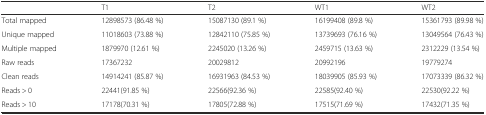
<table><thead><tr><td>[EMPTY_CELL]</td><td><b>T1</b></td><td><b>T2</b></td><td><b>WT1</b></td><td><b>WT2</b></td></tr></thead><tbody><tr><td>Total mapped</td><td>12898573 (86.48 %)</td><td>15087130 (89.1 %)</td><td>16199408 (89.8 %)</td><td>15361793 (89.98 %)</td></tr><tr><td>Unique mapped</td><td>11018603 (73.88 %)</td><td>12842110 (75.85 %)</td><td>13739693 (76.16 %)</td><td>13049564 (76.43 %)</td></tr><tr><td>Multiple mapped</td><td>1879970 (12.61 %)</td><td>2245020 (13.26 %)</td><td>2459715 (13.63 %)</td><td>2312229 (13.54 %)</td></tr><tr><td>Raw reads</td><td>17367232</td><td>20029812</td><td>20992196</td><td>19779274</td></tr><tr><td>Clean reads</td><td>14914241 (85.87 %)</td><td>16931963 (84.53 %)</td><td>18039905 (85.93 %)</td><td>17073339 (86.32 %)</td></tr><tr><td>Reads &gt; 0</td><td>22441(91.85 %)</td><td>22566(92.36 %)</td><td>22585(92.40 %)</td><td>22530(92.22 %)</td></tr><tr><td>Reads &gt; 10</td><td>17178(70.31 %)</td><td>17805(72.88 %)</td><td>17515(71.69 %)</td><td>17432(71.35 %)</td></tr></tbody></table>